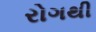
રોગથી